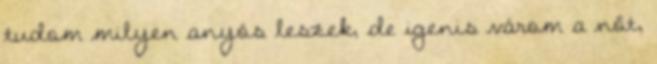
tudom milyen anyós leszek, de igenis várom a nőt,